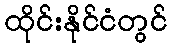
ထိုင်းနိုင်ငံတွင်